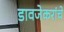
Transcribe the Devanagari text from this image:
डावजेकरांचे